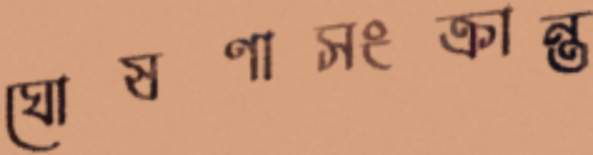
ঘোষণাসংক্রান্ত